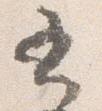
書